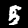
Digit: 5